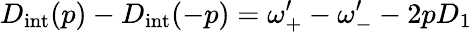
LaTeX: D_{\mathrm{int}}(p)-D_{\mathrm{int}}(-p)=\omega_{+}^{\prime}-\omega_{-}^{\prime}-2pD_{1}